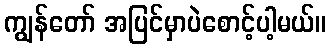
ကျွန်တော် အပြင်မှာပဲစောင့်ပါ့မယ်။